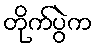
တိုက်ပွဲက